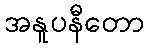
အနူပနီတော